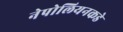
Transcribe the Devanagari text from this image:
नेपोलियनकडे